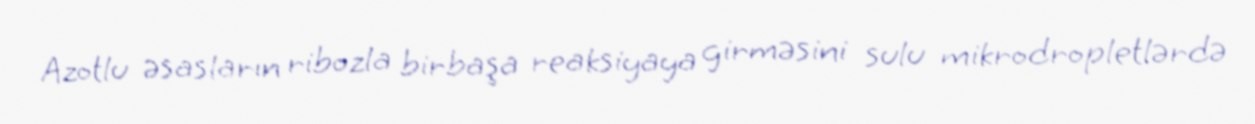
Azotlu əsasların ribozla birbaşa reaksiyaya girməsini sulu mikrodropletlərdə